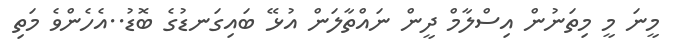
މީނަ މީ މިތަނުން އިސްލާމް ދީން ނައްތާލަން އުޅޭ ބައިގަނޑުގެ ބޮޑު..އެހެންވެ މަތި